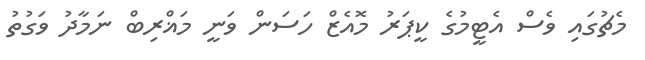
މެޗުގައި ވެސް އެޓީމުގެ ކީޕަރު މޮއެޒް ހަސަން ވަނީ މަޣްރިބް ނަމާދު ވަގުތު